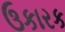
ઉકારક